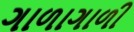
ગાળાગાળી